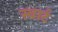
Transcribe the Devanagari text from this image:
स्वार्ट